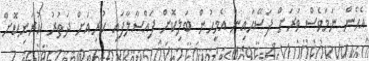
އެހެން ނަމަވެސް ވަރަށް ފަސޭހައިން އެމީހުން ބަލިކޮށް ފައްސާލާފައި ކުރިއަށް ދަތުރު ކުރަނިކޮށް